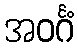
အဝင်္ဂံ